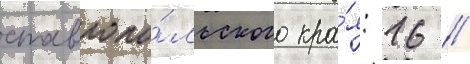
ставропо́льского кра́я: 16 //